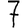
Digit: 7